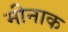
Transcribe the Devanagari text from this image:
मीनाक